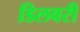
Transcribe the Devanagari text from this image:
डिलवरी